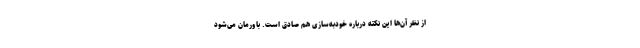
از نظر آن‌ها این نکته دربارهٔ خودبه‌سازی هم صادق است. باورمان می‌شود